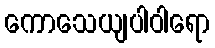
ကောသေယျပါဝါရော